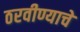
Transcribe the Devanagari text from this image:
ठरवीण्याचे